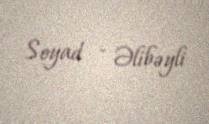
Soyad - Əlibəyli